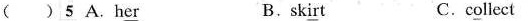
( )5 A.h\underline{er} B.sk\underline{ir}t C.c\underline{o}llect